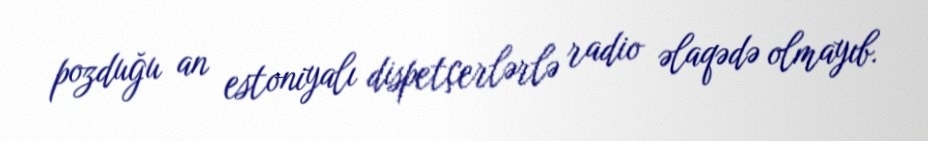
pozduğu an estoniyalı dispetçerlərlə radio əlaqədə olmayıb.